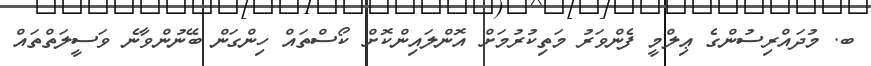
ބ. މުދައްރިސުންގެ ޢިލްމީ ފެންވަރު މަތިކުރުމަށް އޮންލައިންކޮށް ކޯސްތައް ހިންގަން ބޭނުންވާނެ ވަސީލަތްތައް